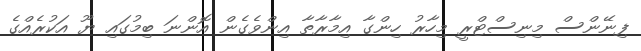
ފިނޭންސް މިނިސްޓްރީ މިހާރު ހިންގާ އިމާރާތާ އިންވެގެން އޮންނަ ބިމުގައި ޔޫ އަކުރެއްގެ